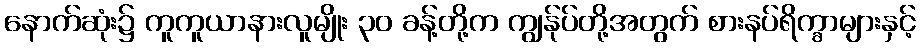
နောက်ဆုံး၌ ကူကူယာနားလူမျိုး ၃၀ ခန့်တို့က ကျွန်ုပ်တို့အတွက် စားနပ်ရိက္ခာများနှင့်